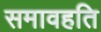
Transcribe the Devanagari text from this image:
समावहति